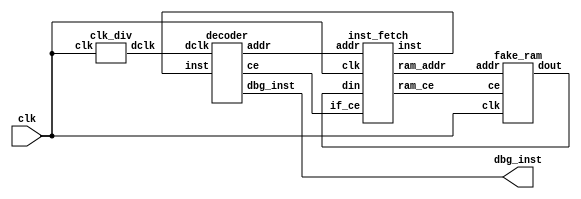
module multi_clk_test(
  input wire clk, 
  output wire[7:0] dbg_inst
); 
  wire dclk; 
  clk_div clk_div0(.clk(clk), 
          .dclk(dclk));

  wire ce; 
  wire[15:0] addr; 
  wire[7:0] inst; 
  decoder decoder0(.dclk(dclk), 
                   .ce(ce), 
                   .addr(addr), 
                   .inst(inst), 
                   .dbg_inst(dbg_inst)); 
  
  wire[15:0] ram_addr; 
  wire[1:0] data; 
  wire ram_ce; 
  inst_fetch inst_fetch0(.clk(clk), 
                         .addr(addr), 
                         .if_ce(ce), 
                         .ram_addr(ram_addr), 
                         .ram_ce(ram_ce), 
                         .din(data), 
                         .inst(inst)); 
  
  fake_ram fake_ram0(.clk(clk), 
                     .addr(ram_addr), 
                     .ce(ram_ce), 
                     .dout(data)); 
endmodule 

module clk_div(
  input wire clk, 
  output wire dclk 
); 
  reg[1:0] cnt; // initial cnt <= 2'b0; 

  always @ (posedge clk) begin 
    cnt <= cnt + 1'b1; 
  end
  assign dclk = cnt[0] & cnt[1]; 
endmodule 

module decoder(
  input wire dclk, 
  output reg ce, 
  output reg[15:0] addr, 
  input wire[7:0] inst, 
  output reg[7:0] dbg_inst
); 
  reg once; 
  
//  initial begin 
//    once <= 1'b0; 
//    ce <= 1'b0; 
//  end 

  always @ (posedge dclk) begin 
    if (once == 1'b0) begin 
      once <= 1'b1; 
      ce <= 1'b1; 
      addr <= 16'b0;       
    end else begin 
      ce <= 1'b0; 
      dbg_inst <= inst; 
    end 
  end 
endmodule 

module inst_fetch(
  input wire clk, 
  input wire[15:0] addr, 
  input wire if_ce, 

  output reg[15:0] ram_addr, 
  output reg ram_ce, 
  input wire[1:0] din, 

  output reg[7:0] inst 
);

  reg[1:0] cnt; 
//  initial begin 
//    ram_ce <= 1'b0; 
//    cnt <= 2'b00; 
//    ram_addr <= 16'b0; 
//  end 
  
//  always @ (addr) begin
//    if (if_ce == 1'b1) begin 
//      ram_ce <= 1'b1;
//      cnt <= 2'b00; 
//      ram_addr <= addr; 
//    end  
//  end 

  always @ (posedge clk) begin 
    if (ram_ce == 1'b1) begin 
      case (cnt) 
        2'b00: begin 
          inst[1:0] <= din; 
          cnt <= cnt + 1'b1; 
          ram_addr <= addr + 16'h1; 
        end 
        2'b01: begin 
          inst[3:2] <= din; 
          cnt <= cnt + 1'b1; 
          ram_addr <= addr + 16'h2; 
        end 
        2'b10: begin 
          inst[5:4] <= din; 
          cnt <= cnt + 1'b1; 
          ram_addr <= addr + 16'h3; 
        end 
        2'b11: begin 
          inst[7:6] <= din; 
          cnt <= cnt + 1'b1; 
          ram_addr <= 16'b0; 
          ram_ce <= 1'b0; 
        end 
        default: begin 
        end 
      endcase 
    end 
  end 
endmodule 

module fake_ram(
  input wire clk, 
  input wire[15:0] addr, 
  input wire ce, 
  output reg[1:0] dout 
);
  reg[1:0] ram[255:0]; 
  initial begin 
    ram[0] <= 2'b01; ram[1] <= 2'b10; 
    ram[2] <= 2'b11; ram[3] <= 2'b11; 
    ram[4] <= 2'b10; ram[5] <= 2'b01; 
    ram[6] <= 2'b01; ram[7] <= 2'b10; 
  end 

  always @ (posedge clk) begin 
    if (ce == 1'b1) begin 
      dout <= ram[addr]; 
    end else begin 
      dout <= 2'b0; 
    end 
  end 
endmodule